Rangoon Lunatic Asylum 1878-1892 - 1878-1892
Year: 1878
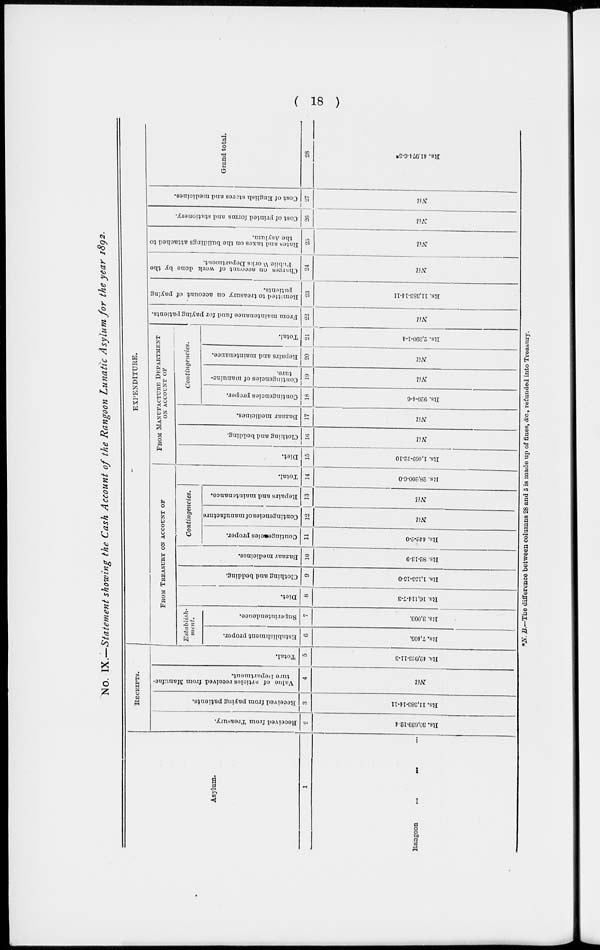
(18)
No. IX.—Statement showing the Cash Account of the Rangoon Lunatic Asylum for the year 1892.
Asylum.
1
Rangoon
... ... ...
RECEIPTS.
Received from Treasury.
0
Rs. 30,639-12-4
Received
from paying patients.
3
Rs. 11,383-14-11
Value of articles received from Manufac-
ture Department.
4
Nil
Total.
5
Rs. 42,023-11-3
EXPENDITURE.
FROM TREASURY ON ACCOUNT OF
Establish-
ment.
Establishment proper.
6
Rs. 7,405.
Superintendence.
7
Rs. 3,000.
Diet.
8
Rs. 16,
114-7-3
Clothing and bedding.
9
Rs. 1,155-15-0
Bazaar medicines.
10
Rs. 82-13-9
Contingencies.
Contingencies proper.
11
Rs. 442-2-0
Contingencies of manufacture
12
Nil
Repairs and maintenance.
13
Nil
Total.
14
Rs. 28,200-6-0
FROM MANUFACTURE DEPARTMENT
ON ACCOUNTS OF
Diet.
15
Rs. 1,469-12-10
Clothing and bedding.
16
Nil
Bazaar medicines.
17
Nil
Contingencies.
Contingencies proper.
18
Rs. 920-4-6
Contingencies of manufac-
ture.
19
Nil
Repairs and maintenance.
20
Nil
Total.
21
Rs. 2,390-1-4
From maintenance fund for paying patients.
22
Nil
Remitted
to treasury on account of paying
patients.
23
Rs. 11,383-14-11
Charges
on account of work done by the
Public Works Department.
24
Nil
Rates and taxes on the buildings attached to
the Asylum.
25
Nil
Cost of printed forms and stationery.
26
Nil
Cost of English stores and medicines.
27
Nil
Grand total.
28
Rs.41,974-6-3*
*N. B.—The difference between columns 28 and 5 is made up of fines, &c., refunded into Treasury.